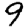
Digit: 9